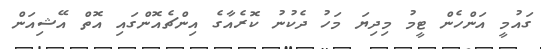
ގައުމީ އަންހެން ޓީމު މިދިޔަ މަހު ދެކުނު ކޮރެއާގެ އިންޗެއޮންގައި އޮތް އޭޝިއަން